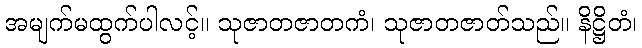
အမျက်မထွက်ပါလင့်။ သုဇာတဇာတကံ၊ သုဇာတဇာတ်သည်။ နိဋ္ဌိတံ၊